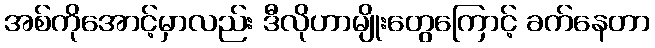
အစ်ကိုအောင့်မှာလည်း ဒီလိုဟာမျိုးတွေကြောင့် ခက်နေတာ